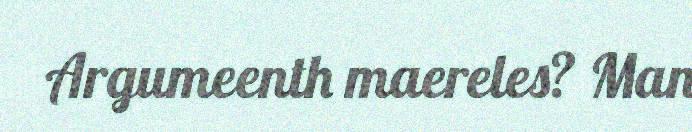
Argumeenth maereles? Man